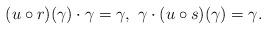
LaTeX: \begin{align*}(u \circ r)(\gamma) \cdot \gamma = \gamma, \ \gamma \cdot (u \circ s)(\gamma) = \gamma.\end{align*}